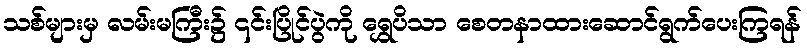
သစ်များမှ လမ်းမကြီး၌ ၎င်းပြိုင်ပွဲကို ရွှေပိသာ စေတနာထားဆောင်ရွက်ပေးကြရန်